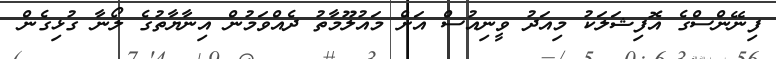
ފިނޭންސްގެ އޮފިޝަލަކު މިއަދު ވީނިއުސް އަށް މައުލޫމާތު ދެއްވަމުން އިނާޔާތުގެ ލޯނާ ގުޅިގެން